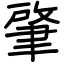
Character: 肇